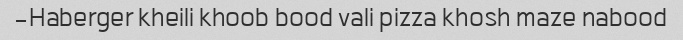
Haberger kheili khoob bood vali pizza khosh maze nabood-